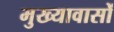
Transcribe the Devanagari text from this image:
मुख्यावासों